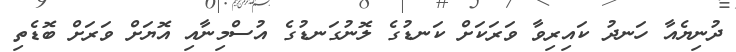
ދުނިޔެއާ ހަނދު ކައިރިވާ ވަރަކަށް ކަނޑުގެ ލޮނުގަނޑުގެ އުސްމިނާއި އޮޔަށް ވަރަށް ބޮޑެތި